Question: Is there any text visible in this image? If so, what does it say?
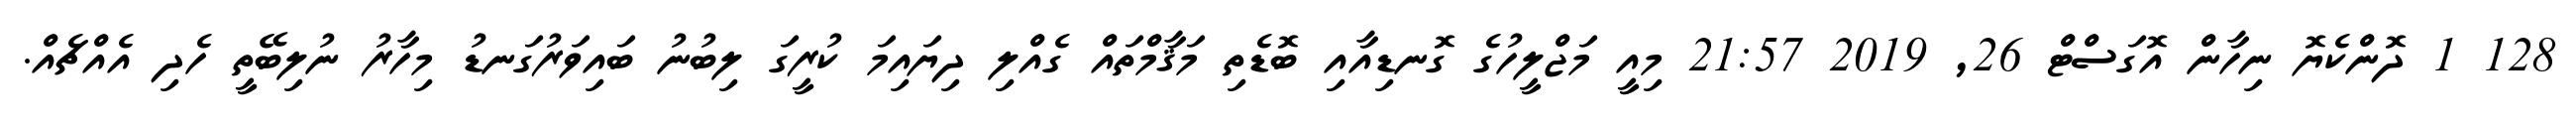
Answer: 128 1 ދޮންކެޔޮ ނިހާން އޮގަސްޓް 26, 2019 21:57 މިއީ މަޖްލީހުގެ ގޮނޑިއާއި ބޮޑެތި މަޤާމްތައް ގެއްލި ދިޔައިމަ ކުރީގަ ލިބުނު ބައިވަރުގަނޑު މިހާރު ނުލިބޭތީ ހެދި އެއްޗެއް.